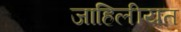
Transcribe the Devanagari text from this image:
जाहिलीयत